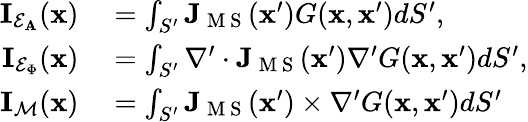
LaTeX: \begin{array}{rl}{\mathbf{I}_{\mathcal{E}_{\mathbf{A}}}(\mathbf{x})}&{{}{}=\int_{S^{\prime}}\mathbf{J}_{\mathrm{~M~S~}}(\mathbf{x}^{\prime})G(\mathbf{x},\mathbf{x}^{\prime})dS^{\prime},}\\ {\mathbf{I}_{\mathcal{E}_{\Phi}}(\mathbf{x})}&{{}{}=\int_{S^{\prime}}\nabla^{\prime}\cdot\mathbf{J}_{\mathrm{~M~S~}}(\mathbf{x}^{\prime})\nabla^{\prime}G(\mathbf{x},\mathbf{x}^{\prime})dS^{\prime},}\\ {\mathbf{I}_{\mathcal{M}}(\mathbf{x})}&{{}{}=\int_{S^{\prime}}\mathbf{J}_{\mathrm{~M~S~}}(\mathbf{x}^{\prime})\times\nabla^{\prime}G(\mathbf{x},\mathbf{x}^{\prime})dS^{\prime}}\end{array}